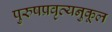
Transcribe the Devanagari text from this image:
पुरुषप्रवृत्यनुकूल